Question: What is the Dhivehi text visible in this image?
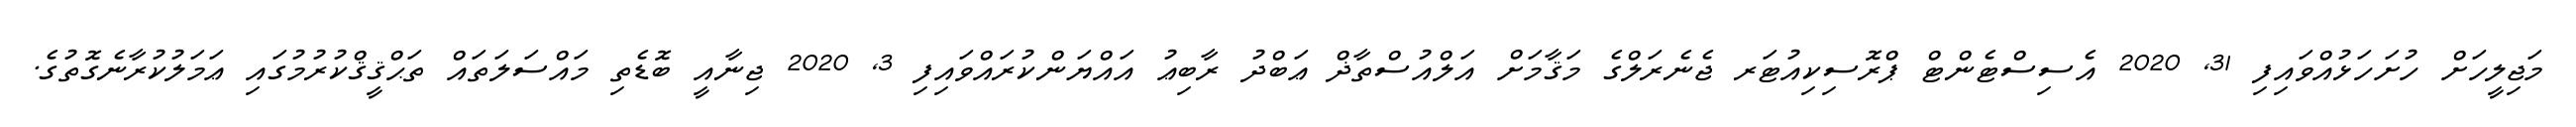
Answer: މަޖިލީހަށް ހުށަހަޅުއްވައިފި 31, 2020 އެސިސްޓެންޓް ޕްރޮސިކިއުޓަރ ޖެނެރަލްގެ މަޤާމަށް އަލްއުސްތާޛް ޢަބްދު ރާބިޢު އައްޔަންކުރައްވައިފި 3, 2020 ޖިނާއީ ބޮޑެތި މައްސަލަތައް ތަޙްޤީޤްކުރުމުގައި ޢަމަލުކުރާނެގޮތުގެ.